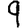
Digit: 9